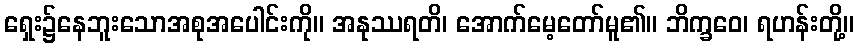
ရှေး၌နေဘူးသောအစုအပေါင်းကို။ အနုဿရတိ၊ အောက်မေ့တော်မူ၏။ ဘိက္ခဝေ၊ ရဟန်းတို့။